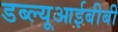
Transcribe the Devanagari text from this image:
डब्ल्यूआईबीबी